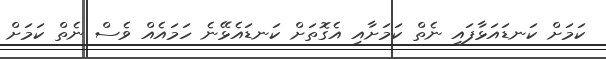
ކަމަށް ކަނޑައަޅާފައި ނެތް ކަމަށާއި އެގޮތަށް ކަނޑައެޅޭނެ ހަމައެއް ވެސް ނެތް ކަމަށް